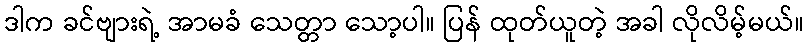
ဒါက ခင်ဗျားရဲ့ အာမခံ သေတ္တာ သော့ပါ။ ပြန် ထုတ်ယူတဲ့ အခါ လိုလိမ့်မယ်။